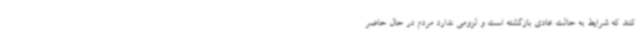
کنند که شرایط به حالت عادی بازگشته است و لزومی ندارد مردم در حال حاضر